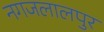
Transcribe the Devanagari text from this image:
नगजलालपुर